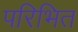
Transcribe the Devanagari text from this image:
परिभित